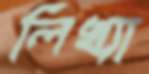
লিখ্যা